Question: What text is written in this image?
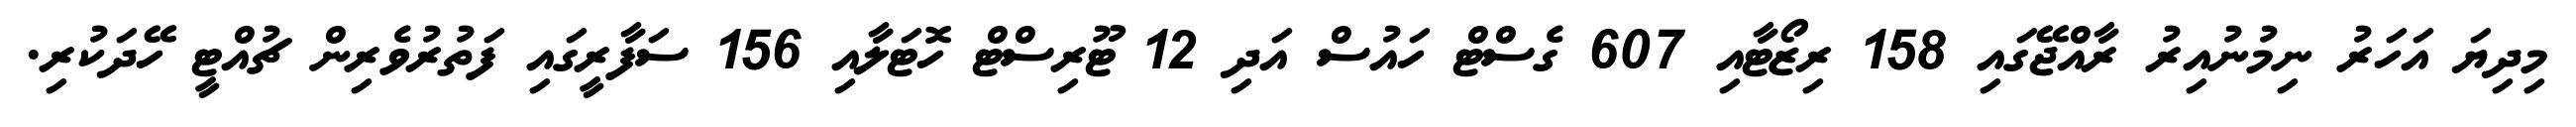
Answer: މިދިޔަ އަހަރު ނިމުނުއިރު ރާއްޖޭގައި 158 ރިޒޯޓާއި 607 ގެސްޓް ހައުސް އަދި 12 ޓޫރިސްޓް ހޮޓަލާއި 156 ސަފާރީގައި ފަތުރުވެރިން ޗުއްޓީ ހޭދަކުރި.